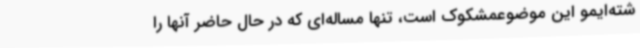
شته‌ایمو این موضوعمشکوک است، تنها مساله‌ای که در حال حاضر آنها را